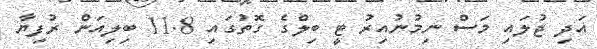
އަދި ޖުލައި މަސް ނިމުނުއިރު ޓީ ބިލްގެ ގޮތުގައި 11.8 ބިލިއަން ރުފިޔާ